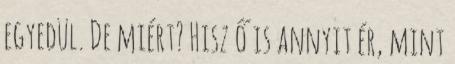
egyedül. De miért? Hisz ő is annyit ér, mint